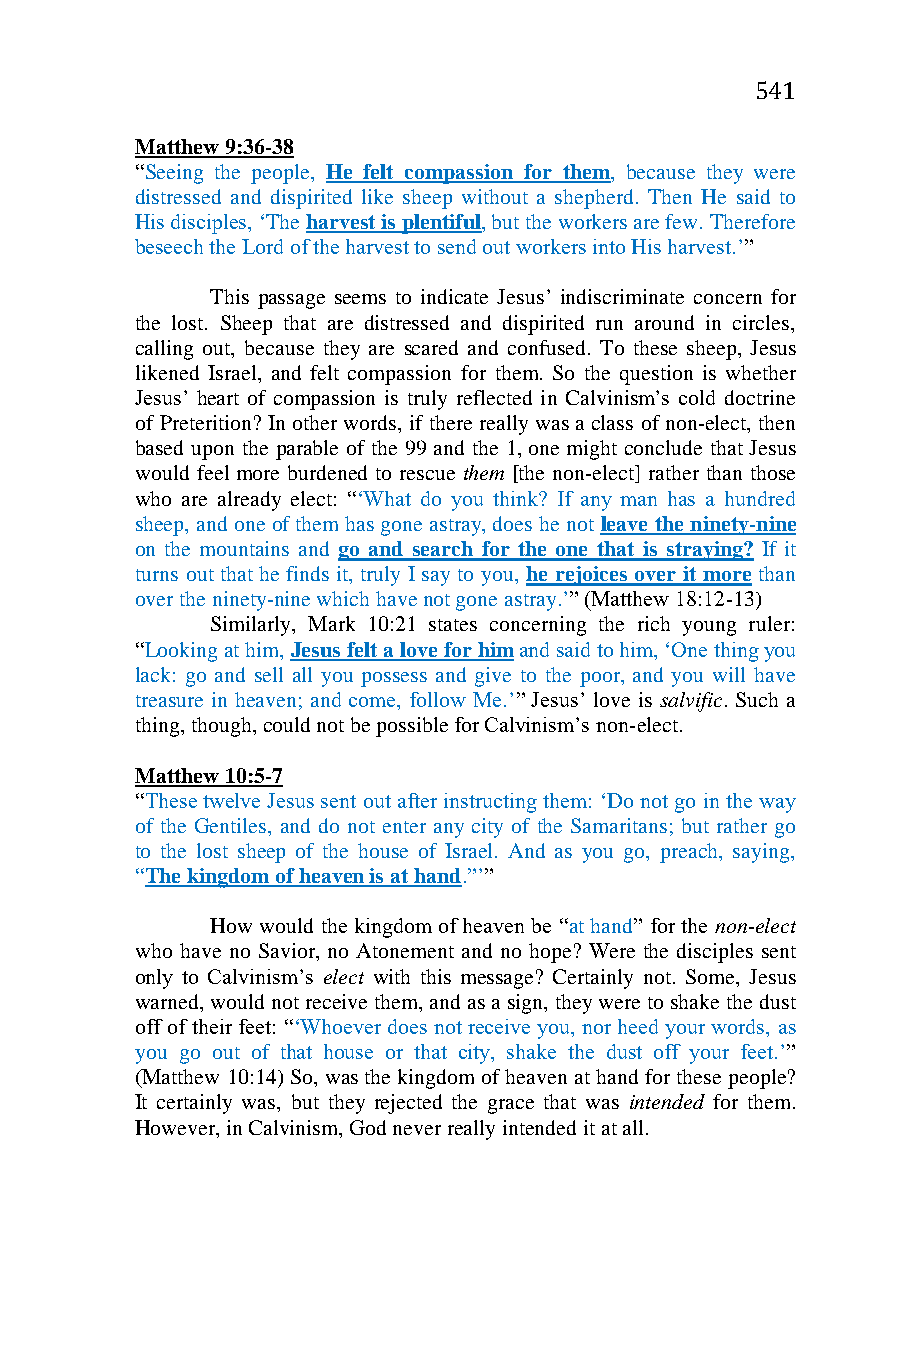
541
 Matthew 9:36-38
 “Seeing the people, He felt compassion for them, because they were
 distressed and dispirited like sheep without a shepherd. Then He said to
 His disciples, ‘The harvest is plentiful, but the workers are few. Therefore
 beseech the Lord of the harvest to send out workers into His harvest.’”
 This passage seems to indicate Jesus’ indiscriminate concern for
 the lost. Sheep that are distressed and dispirited run around in circles,
 calling out, because they are scared and confused. To these sheep, Jesus
 likened Israel, and felt compassion for them. So the question is whether
 Jesus’ heart of compassion is truly reflected in Calvinism’s cold doctrine
 of Preterition? In other words, if there really was a class of non-elect, then
 based upon the parable of the 99 and the 1, one might conclude that Jesus
 would feel more burdened to rescue them [the non-elect] rather than those
 who are already elect: “‘What do you think? If any man has a hundred
 sheep, and one of them has gone astray, does he not leave the ninety-nine
 on the mountains and go and search for the one that is straying? If it
 turns out that he finds it, truly I say to you, he rejoices over it more than
 over the ninety-nine which have not gone astray.’” (Matthew 18:12-13)
 Similarly, Mark 10:21 states concerning the rich young ruler:
 “Looking at him, Jesus felt a love for him and said to him, ‘One thing you
 lack: go and sell all you possess and give to the poor, and you will have
 treasure in heaven; and come, follow Me.’” Jesus’ love is salvific. Such a
 thing, though, could not be possible for Calvinism’s non-elect.
 Matthew 10:5-7
 “These twelve Jesus sent out after instructing them: ‘Do not go in the way
 of the Gentiles, and do not enter any city of the Samaritans; but rather go
 to the lost sheep of the house of Israel. And as you go, preach, saying,
 “The kingdom of heaven is at hand.”’”
 How would the kingdom of heaven be “at hand” for the non-elect
 who have no Savior, no Atonement and no hope? Were the disciples sent
 only to Calvinism’s elect with this message? Certainly not. Some, Jesus
 warned, would not receive them, and as a sign, they were to shake the dust
 off of their feet: “‘Whoever does not receive you, nor heed your words, as
 you go out of that house or that city, shake the dust off your feet.’”
 (Matthew 10:14) So, was the kingdom of heaven at hand for these people?
 It certainly was, but they rejected the grace that was intended for them.
 However, in Calvinism, God never really intended it at all.